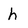
Character: h